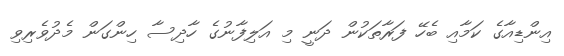
އިންޑިއާގެ ކަމާއި ބެހޭ ފަރާތަކުން ދަނީ މި އަލިފާނުގެ ހާދިސާ ހިންގަން މެދުވެރިވި